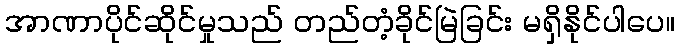
အာဏာပိုင်ဆိုင်မှုသည် တည်တံ့ခိုင်မြဲခြင်း မရှိနိုင်ပါပေ။